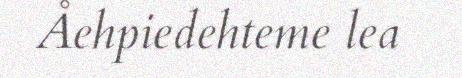
Åehpiedehteme lea